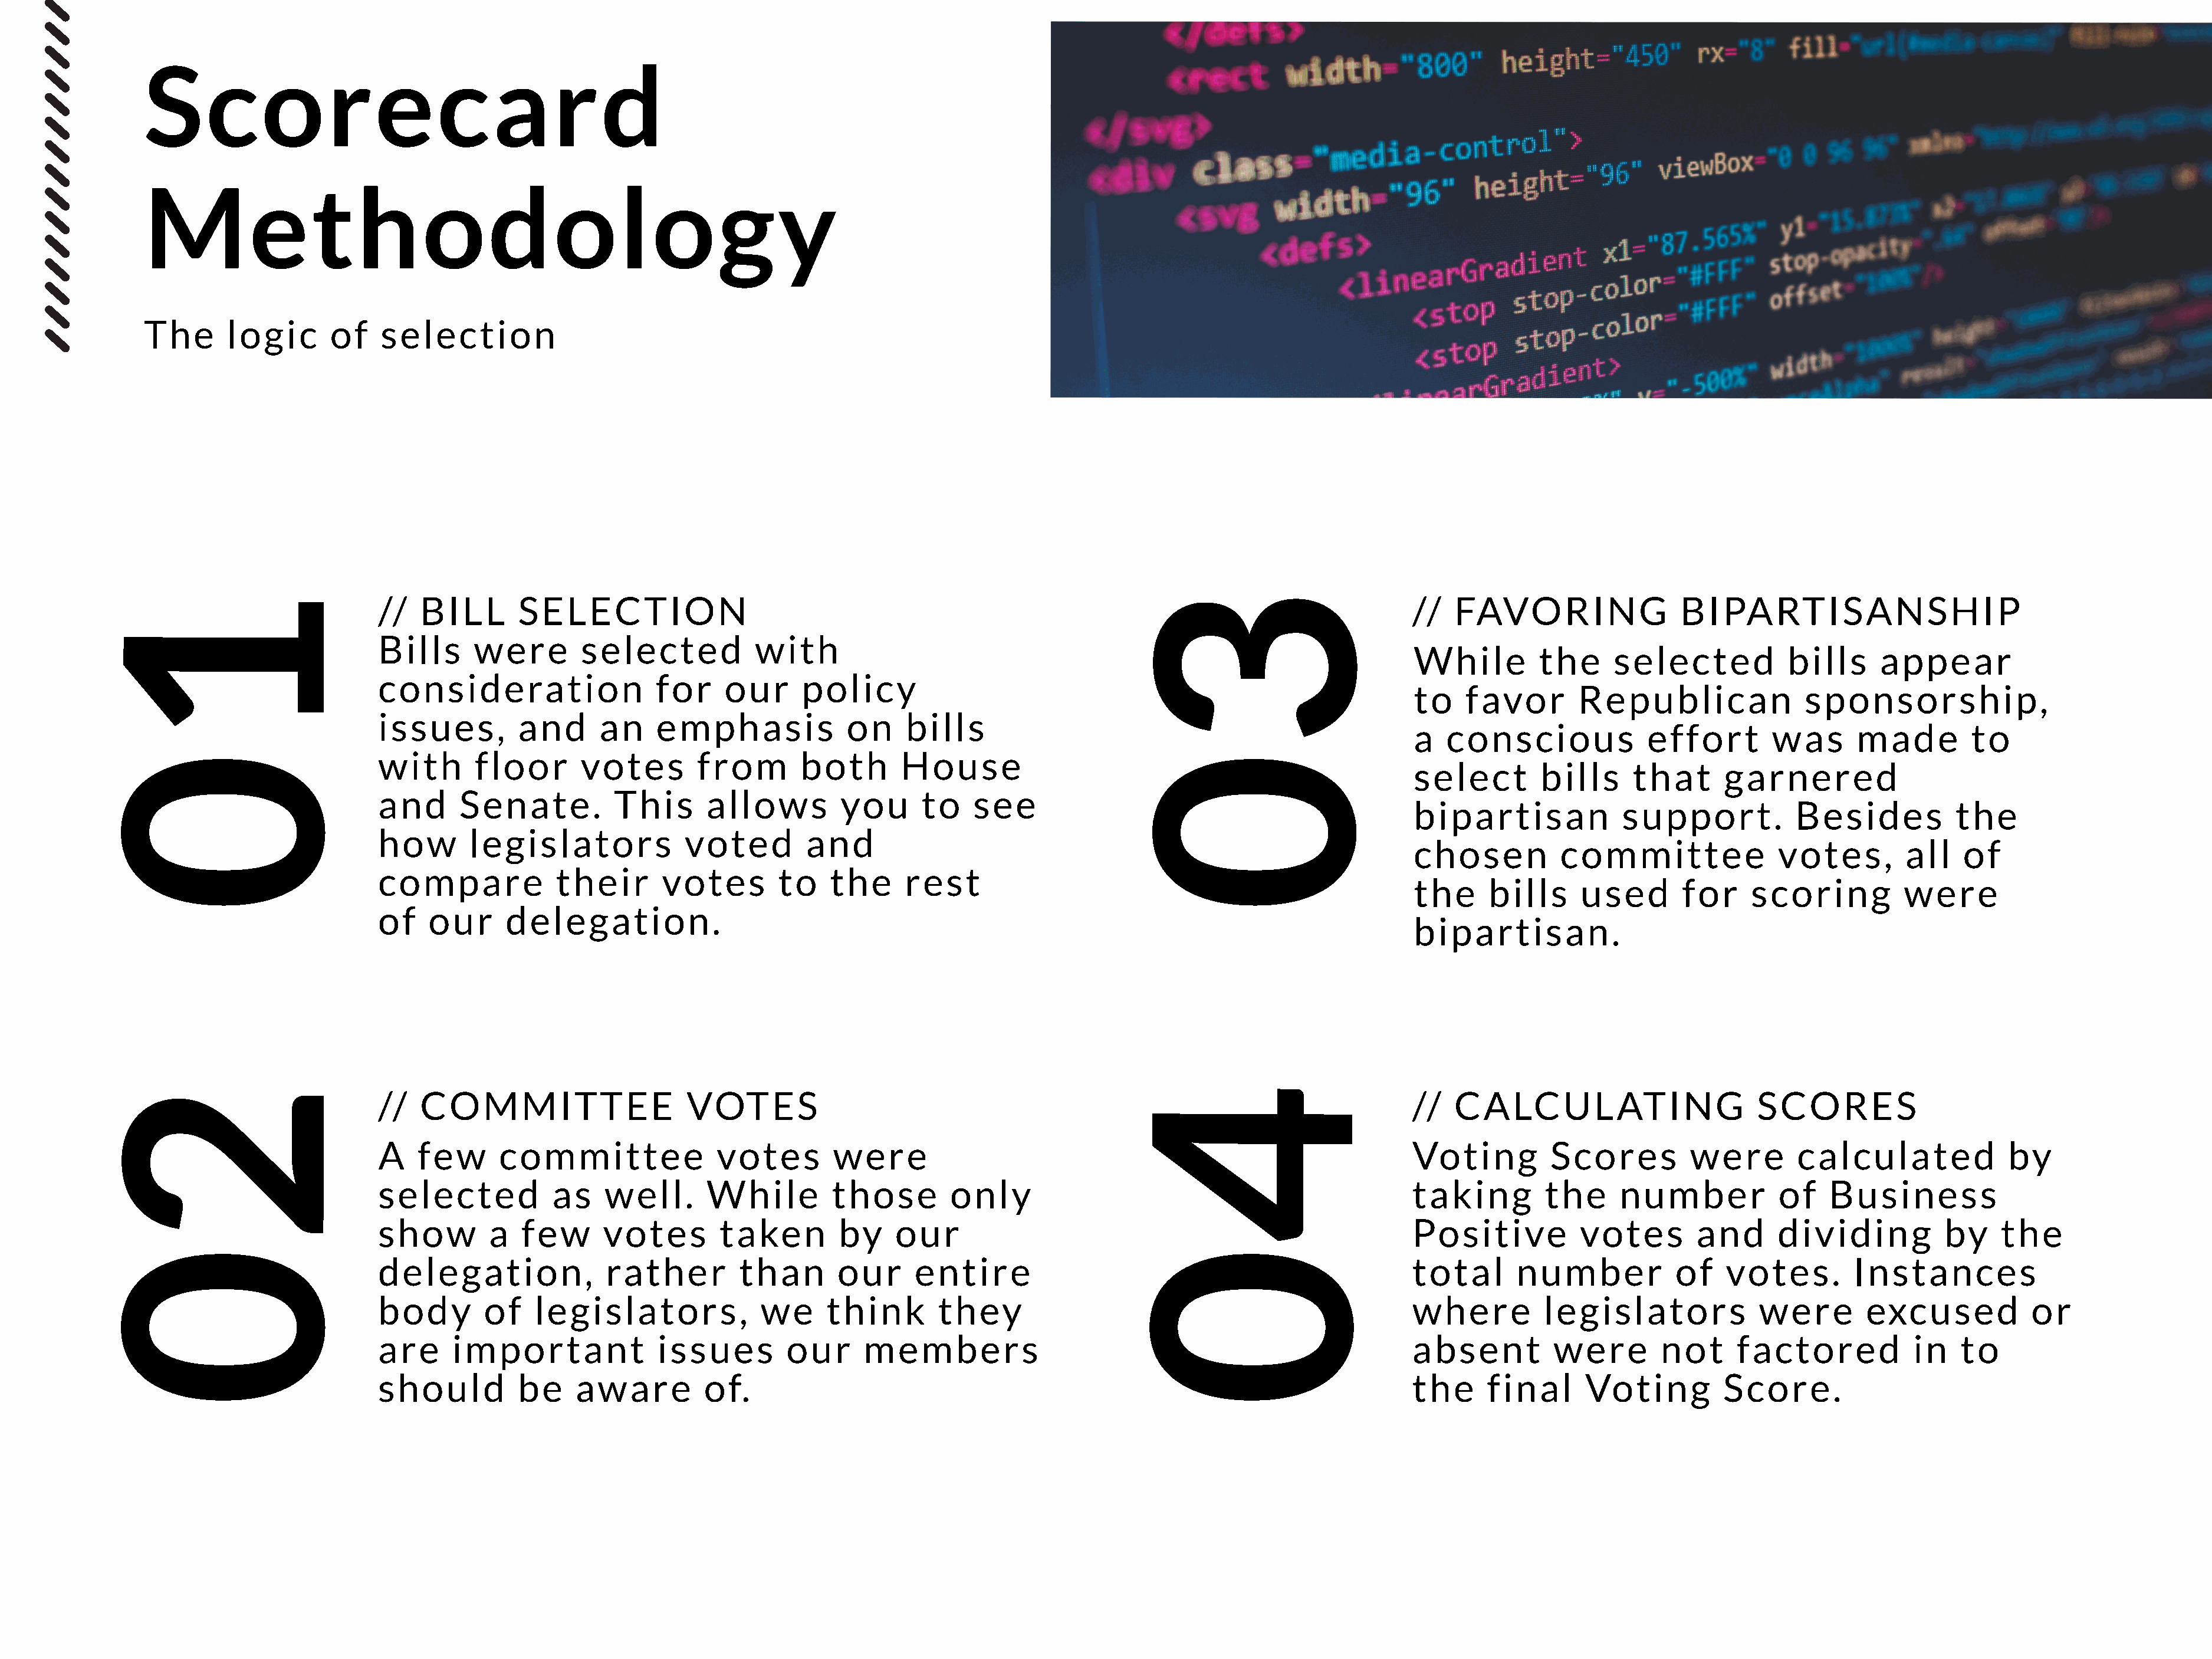
Scorecard
 Methodology
 The      logic       of    selection
 1                                                                                                                   3
 //   BILL       SELECTION                                                                                            //  FAVORING                  BIPARTISANSHIP
 Bills      were        selected            with
 While         the     selected            bills     appear
 consideration                   for    our      policy
 to   favor        Republican                sponsorship,
 issues,         and      an     emphasis             on     bills
 a  conscious              effort        was      made         to
 0with                                    floor       votes        from        both       House                      0
 select        bills     that      garnered
 and       Senate.          This      allows         you      to    see
 bipartisan             support.           Besides           the
 how        legislators             voted        and
 chosen          committee                votes,        all   of
 compare             their       votes        to    the      rest
 the     bills     used        for     scoring          were
 of    our      delegation.
 bipartisan.
 2                                                                                                                  4
 //   COMMITTEE                     VOTES                                                                             //  CALCULATING                       SCORES
 A    few      committee               votes        were                                                              Voting         Scores          were        calculated             by
 selected            as    well.      While         those         only                                                taking        the      number            of   Business
 show         a   few      votes        taken        by    our                                                        Positive          votes        and       dividing          by     the
 0                                                                                                                  0
 delegation,               rather         than       our      entire                                                  total      number            of    votes.        Instances
 body        of    legislators,             we      think       they                                                  where         legislators             were        excused            or
 are      important              issues        our      members                                                       absent         were        not      factored            in   to
 should          be     aware         of.                                                                             the     final      Voting         Score.